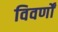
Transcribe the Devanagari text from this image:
विवर्णों